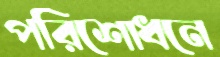
পরিশোধনে